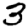
Digit: 3